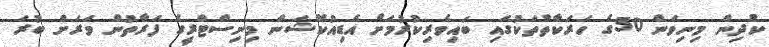
ކުދިން މިނިވަން 50ގެ ހަރަކާތްތަކުގައި ބައިވެރިކުރުމަށް އެޑިއުކޭޝަން މިނިސްޓްރީގެ ފަރާތުން ވަރަށް ބުރަ